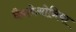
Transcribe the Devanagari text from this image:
बैबलेओनिया